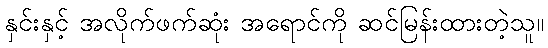
နှင်းနှင့် အလိုက်ဖက်ဆုံး အရောင်ကို ဆင်မြန်းထားတဲ့သူ။